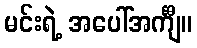
မင်းရဲ့ အပေါ်အင်္ကျီ။